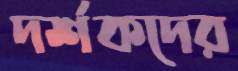
দর্শকদের